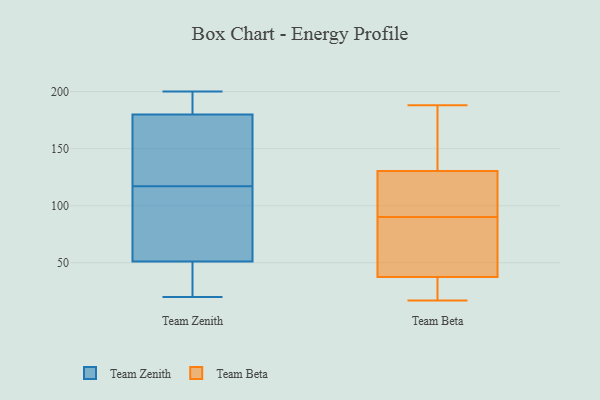
{"axis": {"x": "Humidity (%)", "y": "Value"}, "legend": ["Team Beta", "Team Zenith"], "data": [{"x": "", "y": 51, "type": "Team Zenith"}, {"x": "", "y": 178, "type": "Team Zenith"}, {"x": "", "y": 61, "type": "Team Zenith"}, {"x": "", "y": 190, "type": "Team Zenith"}, {"x": "", "y": 130, "type": "Team Zenith"}, {"x": "", "y": 182, "type": "Team Zenith"}, {"x": "", "y": 44, "type": "Team Zenith"}, {"x": "", "y": 20, "type": "Team Zenith"}, {"x": "", "y": 182, "type": "Team Zenith"}, {"x": "", "y": 112, "type": "Team Zenith"}, {"x": "", "y": 51, "type": "Team Zenith"}, {"x": "", "y": 25, "type": "Team Zenith"}, {"x": "", "y": 200, "type": "Team Zenith"}, {"x": "", "y": 176, "type": "Team Zenith"}, {"x": "", "y": 51, "type": "Team Zenith"}, {"x": "", "y": 55, "type": "Team Zenith"}, {"x": "", "y": 122, "type": "Team Zenith"}, {"x": "", "y": 32, "type": "Team Zenith"}, {"x": "", "y": 194, "type": "Team Zenith"}, {"x": "", "y": 155, "type": "Team Zenith"}, {"x": "", "y": 103, "type": "Team Beta"}, {"x": "", "y": 93, "type": "Team Beta"}, {"x": "", "y": 34, "type": "Team Beta"}, {"x": "", "y": 163, "type": "Team Beta"}, {"x": "", "y": 158, "type": "Team Beta"}, {"x": "", "y": 91, "type": "Team Beta"}, {"x": "", "y": 188, "type": "Team Beta"}, {"x": "", "y": 89, "type": "Team Beta"}, {"x": "", "y": 60, "type": "Team Beta"}, {"x": "", "y": 20, "type": "Team Beta"}, {"x": "", "y": 41, "type": "Team Beta"}, {"x": "", "y": 17, "type": "Team Beta"}]}